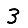
Digit: 3